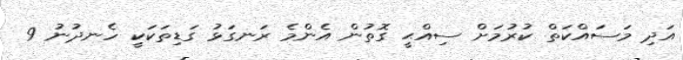
އަދި މަސައްކަތް ކުރުމަށް ސިއްޙީ ގޮތުން އެންމެ ރަނގަޅު ގަޑިތަކަކީ ހެނދުނު 9